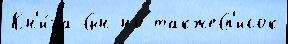
Кн'и́га Сын но такжеСп'исок